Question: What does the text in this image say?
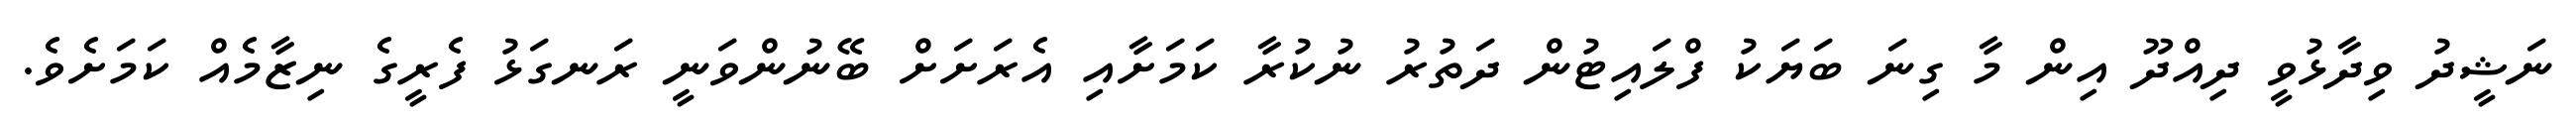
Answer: ނަޝީދު ވިދާޅުވީ ދިއްދޫ އިން މާ ގިނަ ބަޔަކު ފްލައިޓުން ދަތުރު ނުކުރާ ކަމަށާއި އެރަށަށް ބޭނުންވަނީ ރަނގަޅު ފެރީގެ ނިޒާމެއް ކަމަށެވެ.